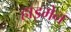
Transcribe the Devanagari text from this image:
हाइमेन